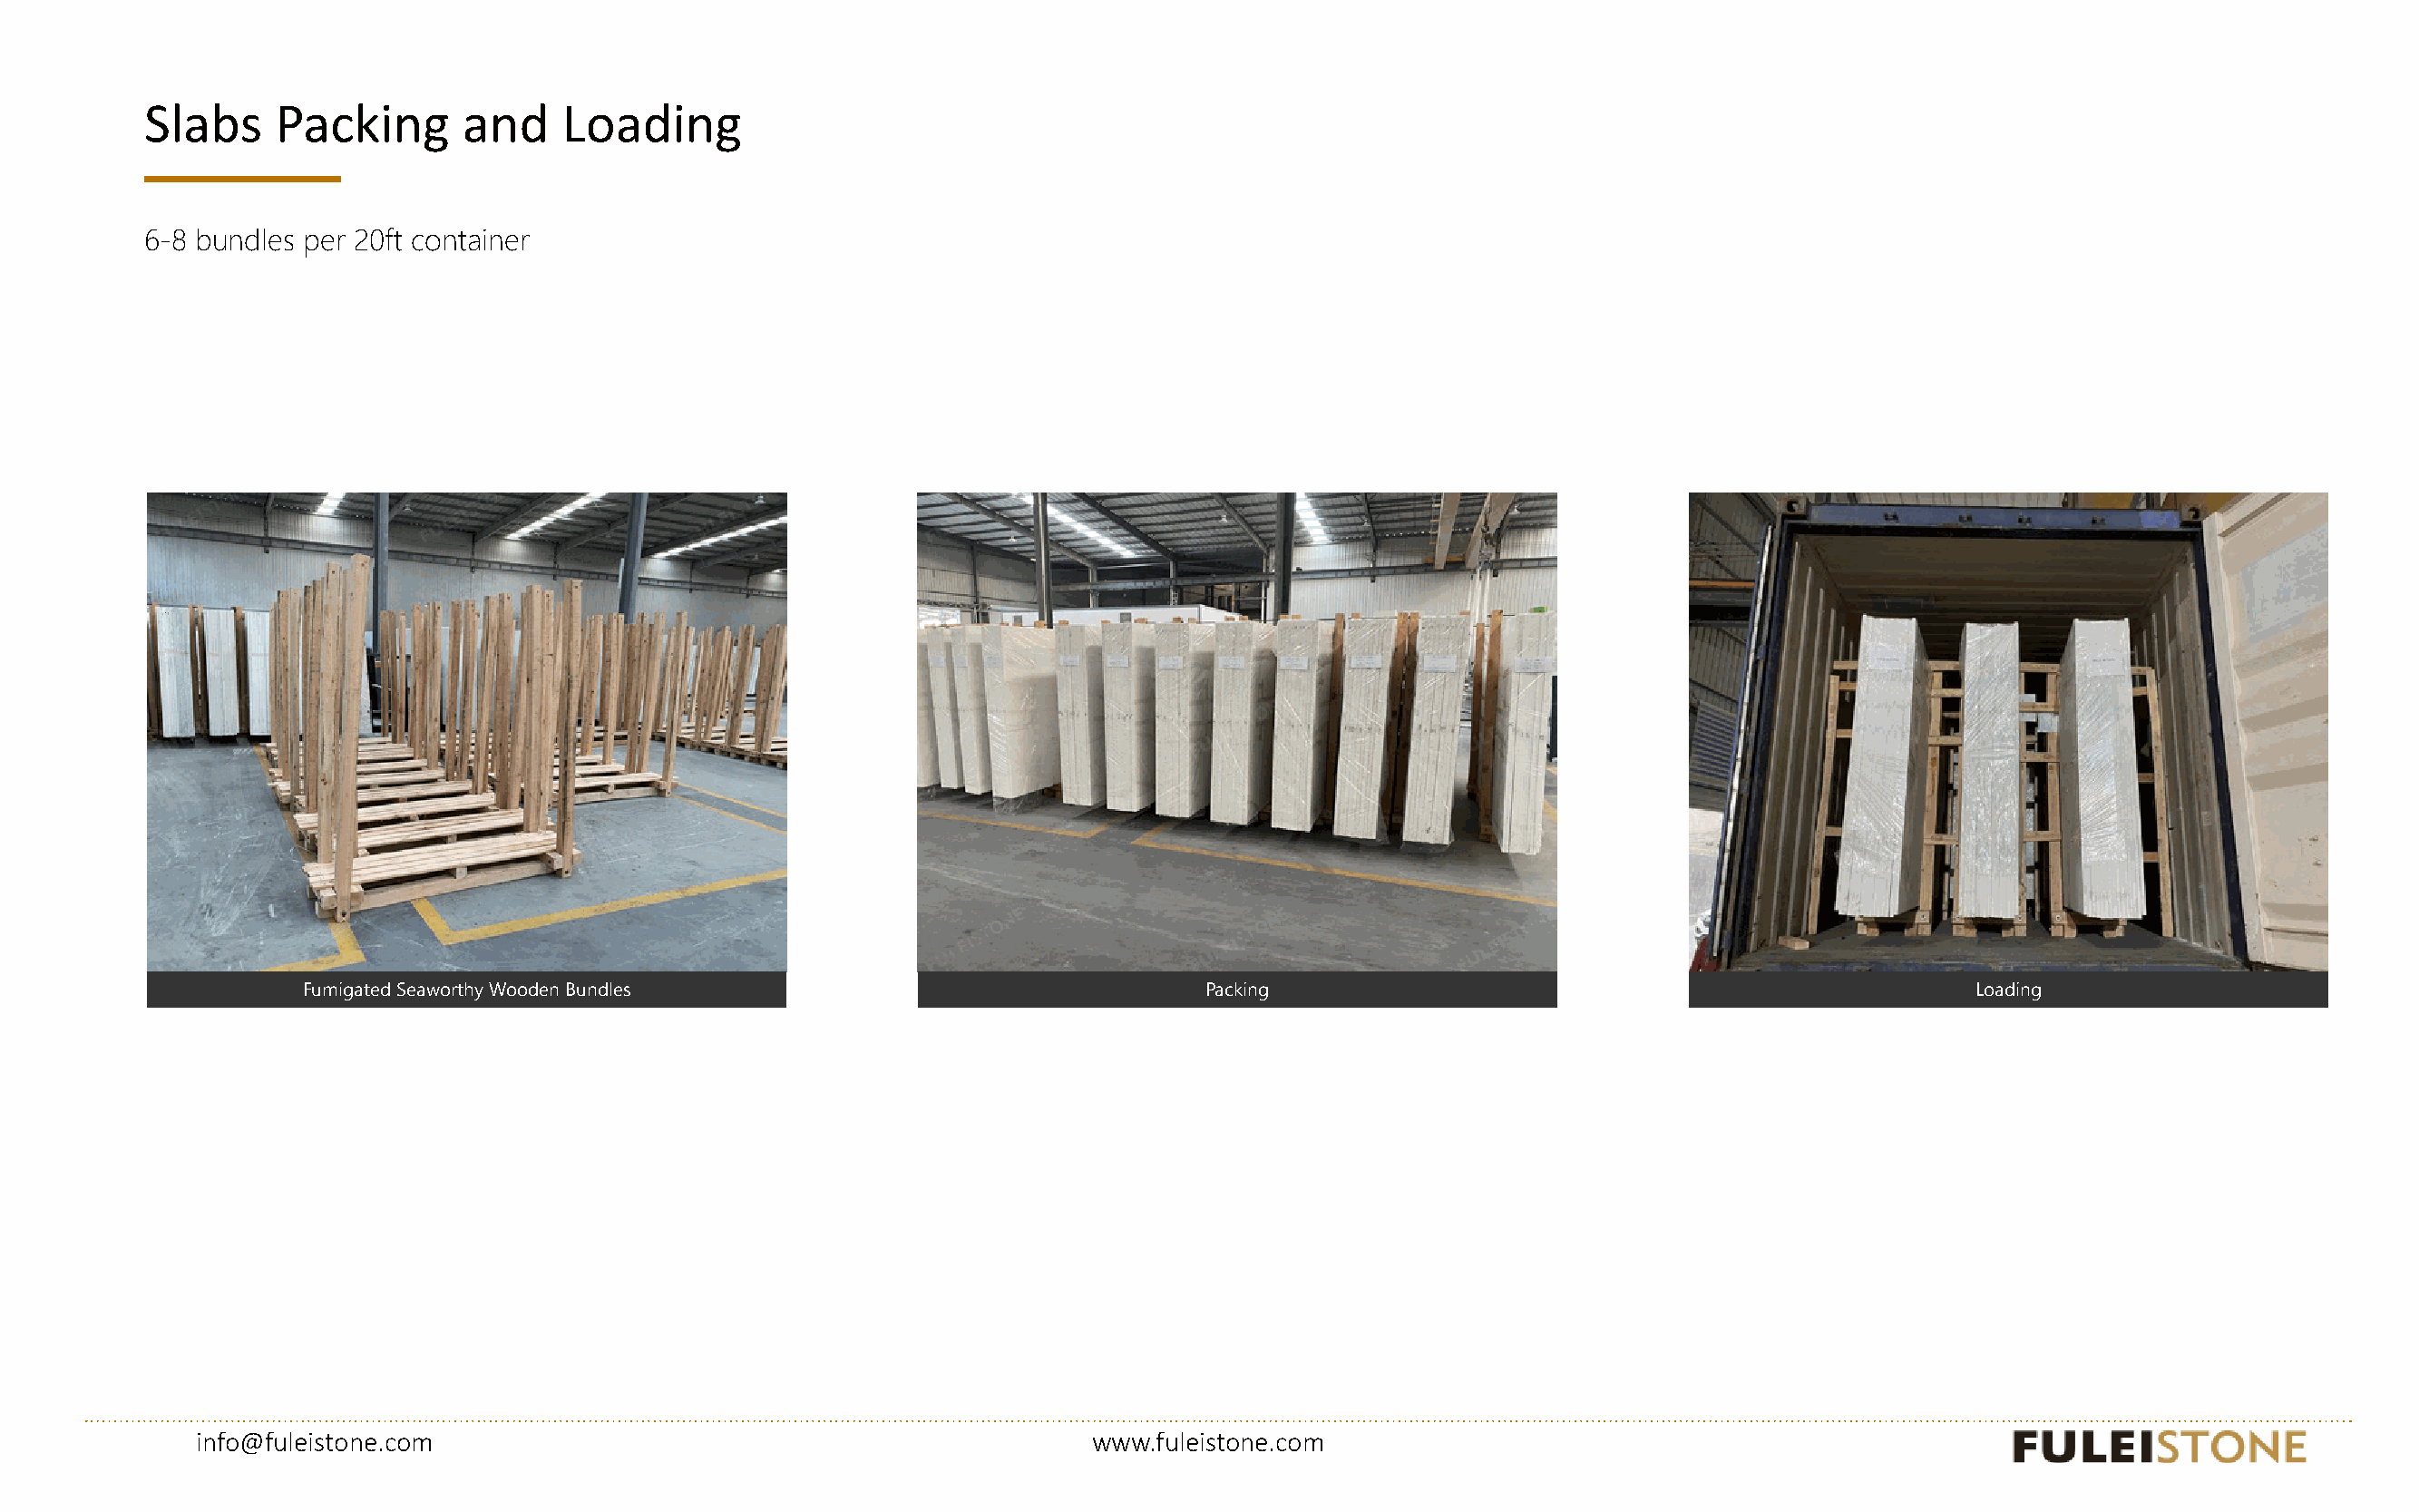
www.fuleistone.com
 Slabs    Packing       and    Loading
 6-8 bundles per 20ft container
 Fumigated Seaworthy Wooden Bundles                                Packing                                                 Loading
 info@fuleistone.com                                               www.fuleistone.com